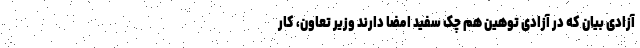
آزادی بیان که در آزادی توهین هم چک سفید امضا دارند وزیر تعاون، کار